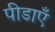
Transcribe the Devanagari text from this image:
पीडाएँ